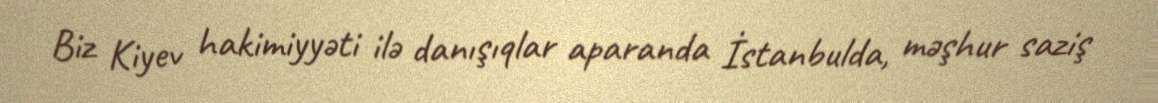
Biz Kiyev hakimiyyəti ilə danışıqlar aparanda İstanbulda, məşhur saziş